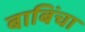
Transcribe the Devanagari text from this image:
बाबिंचा